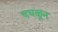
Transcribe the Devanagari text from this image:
चघळून